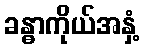
ခန္ဓာကိုယ်အနှံ့